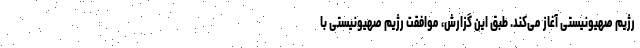
رژیم صهیونیستی آغاز می‌کند. طبق این گزارش، موافقت رژیم صهیونیستی با